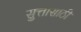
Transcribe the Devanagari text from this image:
सुत्तासाठी